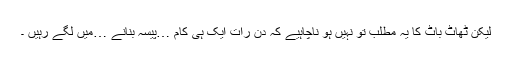
لیکن ٹھاٹ باٹ کا یہ مطلب تو نہیں ہو ناچاہیے کہ دن رات ایک ہی کام …پیسہ بنانے …میں لگے رہیں ۔